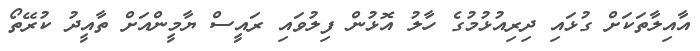
އާއިލާތަކަށް ގުޅައި ދިރިއުޅުމުގެ ހާލު އޮޅުން ފިލުވައި ރައީސް ޔާމީންއަށް ތާއީދު ކުރޭތޯ